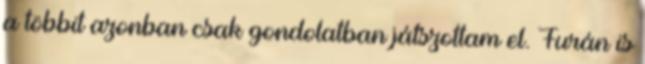
a többit azonban csak gondolatban játszottam el. Furán is